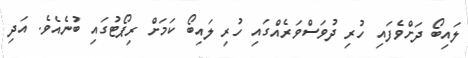
ލައިބޯ ދަށްވެފައި ހުރި ދުވަސްވަރެއްގައި ހުރި ލައިބޯ ކަމަށް ރިޕޯޓުގައި ބުނެއެވެ. އަދި